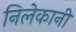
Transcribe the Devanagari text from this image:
निलेकानी